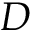
D